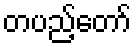
တပည့်တော်